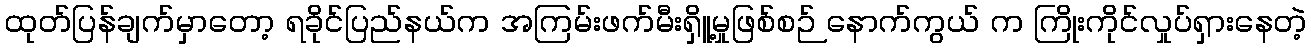
ထုတ်ပြန်ချက်မှာတော့ ရခိုင်ပြည်နယ်က အကြမ်းဖက်မီးရှိူ့မှုဖြစ်စဉ် နောက်ကွယ် က ကြိုးကိုင်လှုပ်ရှားနေတဲ့